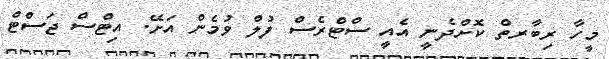
މީހާ ރިބާރތް ކޮށްދެނީ އެއީ ސްޓްރެސް ފުލް ވުމެން އަށޭ. އިޓްސް ޖަސްޓް